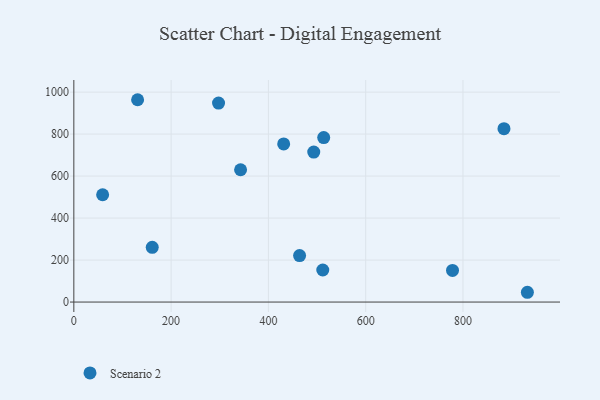
{"axis": {"x": "Investment", "y": "Rating"}, "legend": ["Scenario 2"], "data": [{"x": "464.1", "y": 221.5, "type": "Scenario 2"}, {"x": "342.8", "y": 630.2, "type": "Scenario 2"}, {"x": "778.5", "y": 150.9, "type": "Scenario 2"}, {"x": "493.2", "y": 714.3, "type": "Scenario 2"}, {"x": "511.8", "y": 152.8, "type": "Scenario 2"}, {"x": "513.7", "y": 783.5, "type": "Scenario 2"}, {"x": "131.1", "y": 963.7, "type": "Scenario 2"}, {"x": "431.4", "y": 753.2, "type": "Scenario 2"}, {"x": "884.3", "y": 825.8, "type": "Scenario 2"}, {"x": "297.5", "y": 947.9, "type": "Scenario 2"}, {"x": "932.4", "y": 46.6, "type": "Scenario 2"}, {"x": "161.2", "y": 260.6, "type": "Scenario 2"}, {"x": "59.2", "y": 511.1, "type": "Scenario 2"}]}